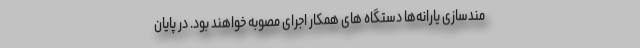
مندسازی یارانه‌ها دستگاه های همکار اجرای مصوبه خواهند بود. در پایان